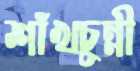
শাঁখচুন্নী